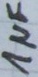
Text: 1µF